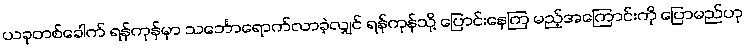
ယခုတစ်ခေါက် ရန်ကုန်မှာ သင်္ဘောရောက်လာခဲ့လျှင် ရန်ကုန်သို့ ပြောင်းနေကြ မည့်အကြောင်းကို ပြောမည်ဟု